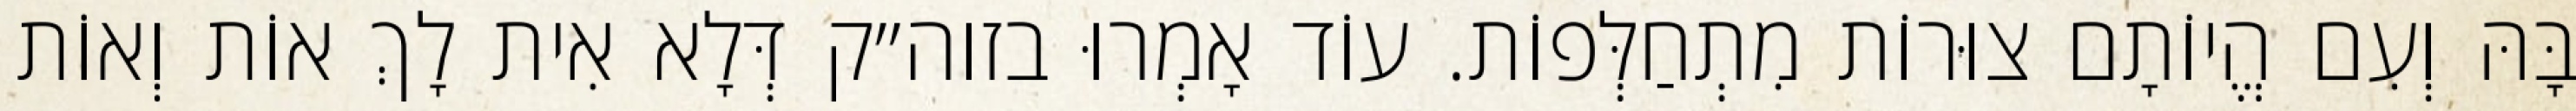
בָּהּ וְעִם הֱיוֹתָם צוּרוֹת מִתְחַלְּפוֹת. עוֹד אָמְרוּ בזוה״ק דְּלָא אִית לָךְ אוֹת וְאוֹת